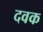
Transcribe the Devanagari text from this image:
दवक